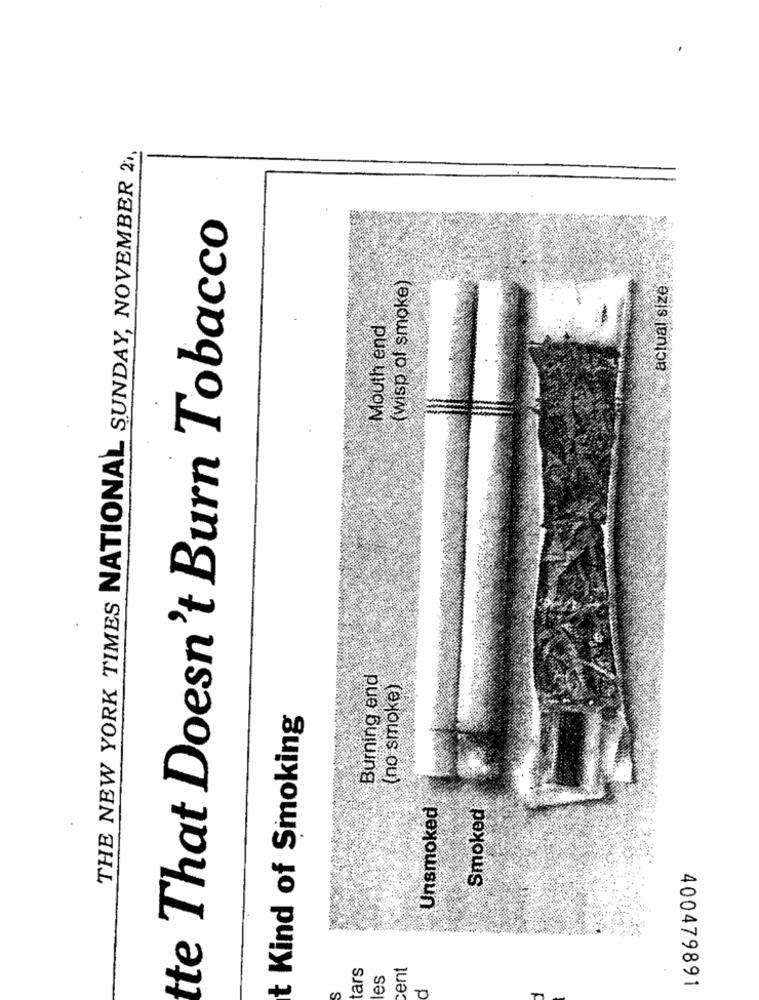
THE NEW YORK TIMES NATIONAL SUNDAY, NOVEMBER 21,
tte That Doesn't Burn Tobacco
( wisp of smoke)
actual size
Mouth end
Burning end
(no smoke)
t Kind of Smoking
Unsmoked
Smoked
ars
cent
es
400479891